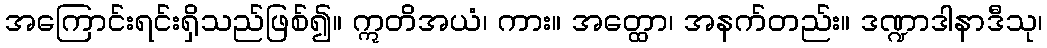
အကြောင်းရင်းရှိသည်ဖြစ်၍။ ဣတိအယံ၊ ကား။ အတ္ထော၊ အနက်တည်း။ ဒဏ္ဍာဒါနာဒီသု၊